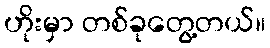
ဟိုးမှာ တစ်ခုတွေ့တယ်။